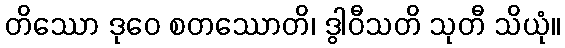
တိဿော ဒုဝေ စတဿောတိ၊ ဒွါဝီသတိ သုတီ သိယုံ။